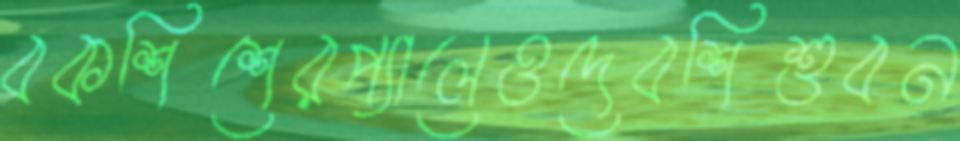
বকশিশেরপ্যালেওদেবশিশুবন